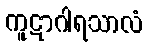
ကူဋာဂါရသာလံ